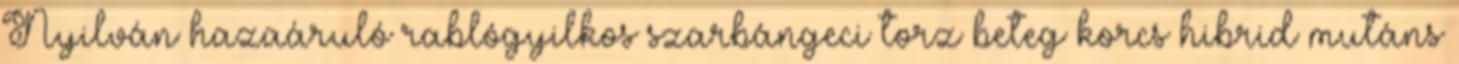
Nyilván hazaáruló rablógyilkos szarbángeci torz beteg korcs hibrid mutáns